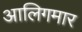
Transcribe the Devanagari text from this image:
आलिगमार